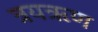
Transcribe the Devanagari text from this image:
त्रयऋण